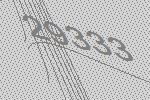
29333